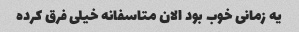
یه زمانی خوب بود الان متاسفانه خیلی فرق کرده